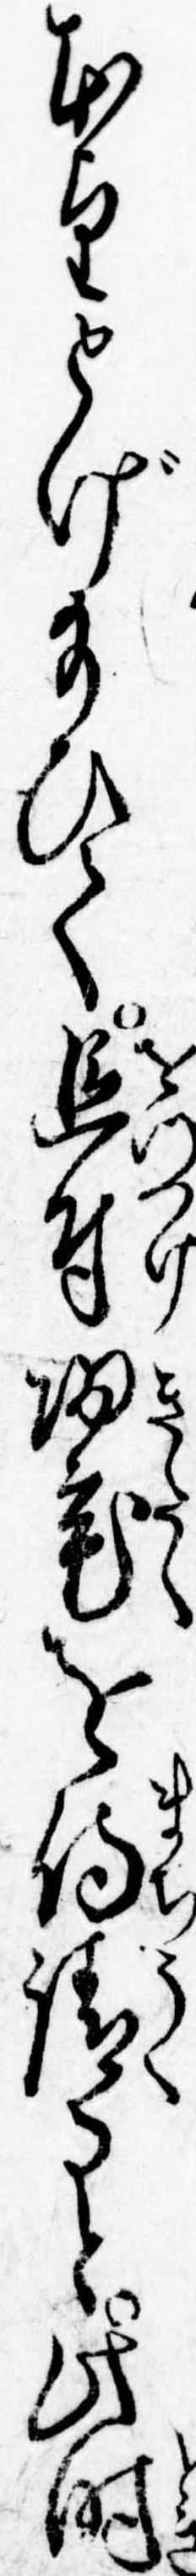
本望とげ給ひて追付帰宅を待請ると此時